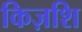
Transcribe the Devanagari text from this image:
किज़शि